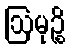
ဩမုဉ္စိ